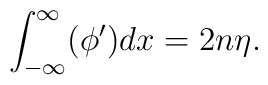
\int_{-\infty}^{\infty} (\phi' ) dx = 2 n \eta.